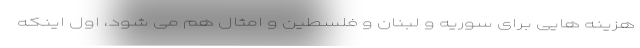
هزینه هایی برای سوریه و لبنان و فلسطین و امثال هم می شود، اول اینکه